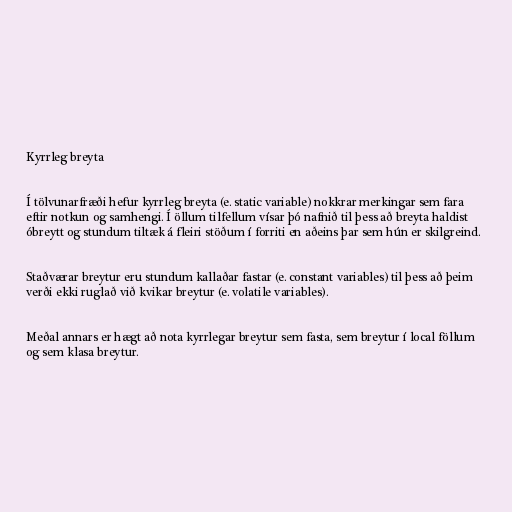
Kyrrleg breyta

Í tölvunarfræði hefur kyrrleg breyta (e. static variable) nokkrar merkingar sem fara
eftir notkun og samhengi. Í öllum tilfellum vísar þó nafnið til þess að breyta haldist
óbreytt og stundum tiltæk á fleiri stöðum í forriti en aðeins þar sem hún er skilgreind.

Staðværar breytur eru stundum kallaðar fastar (e. constant variables) til þess að þeim
verði ekki ruglað við kvikar breytur (e. volatile variables).

Meðal annars er hægt að nota kyrrlegar breytur sem fasta, sem breytur í local föllum
og sem klasa breytur.